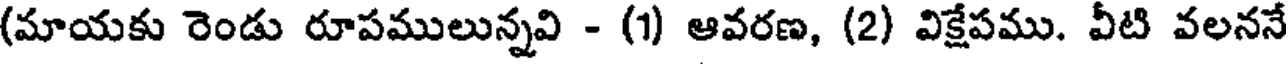
(మాయకు రెండు రూపములున్నవి - (1) ఆవరణ, (2) విక్షేపము. వీటి వలననే